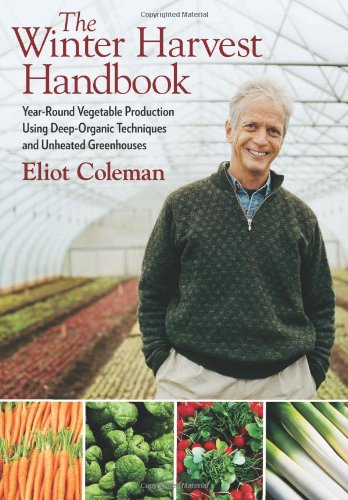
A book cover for The Winter Harvest Handbook: Year Round Vegetable Production Using Deep Organic Techniques and Unheated Greenhouses; Eliot Coleman; Crafts, Hobbies & Home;